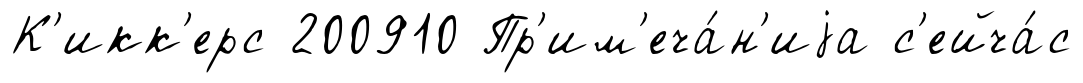
К'икк'ерс 200910 Пр'им'еча́н'иjа с'ейча́с